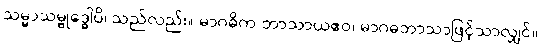
သမ္မာသမ္ဗုဒ္ဓေါပိ၊ သည်လည်း။ မာဂဓိက ဘာသာယဧဝ၊ မာဂဓဘာသာဖြင့်သာလျှင်။